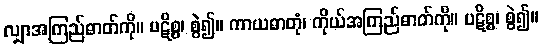
လျှာအကြည်ဓာတ်ကို။ ပဋိစ္စ၊ စွဲ၍။ ကာယဓာတုံ၊ ကိုယ်အကြည်ဓာတ်ကို။ ပဋိစ္စ၊ စွဲ၍။